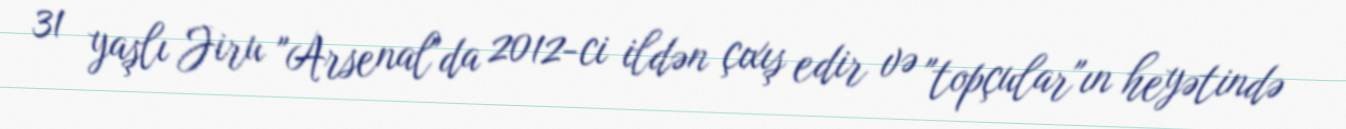
31 yaşlı Jiru "Arsenal"da 2012-ci ildən çıxış edir və "topçular"ın heyətində